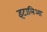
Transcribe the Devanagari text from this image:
इटालिआ